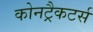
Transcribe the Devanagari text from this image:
कोनट्रैकटर्स